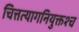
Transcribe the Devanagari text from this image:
चित्तत्यागनियुक्तश्च